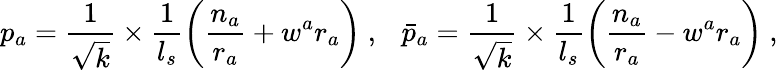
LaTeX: p_{a}=\frac{1}{\sqrt{k}}\times\frac{1}{l_{s}}\left(\frac{n_{a}}{r_{a}}+w^{a}r_{a}\right)~,~~~\bar{p}_{a}=\frac{1}{\sqrt{k}}\times\frac{1}{l_{s}}\left(\frac{n_{a}}{r_{a}}-w^{a}r_{a}\right)~,